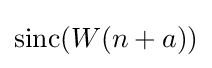
\operatorname {sinc} (W(n+a))